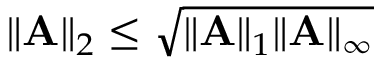
\| \mathbf { A } \| _ { 2 } \leq \sqrt { \| \mathbf { A } \| _ { 1 } \| \mathbf { A } \| _ { \infty } }